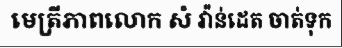
មេត្រីភាពលោក សំ វ៉ាន់ដេត ចាត់ទុក